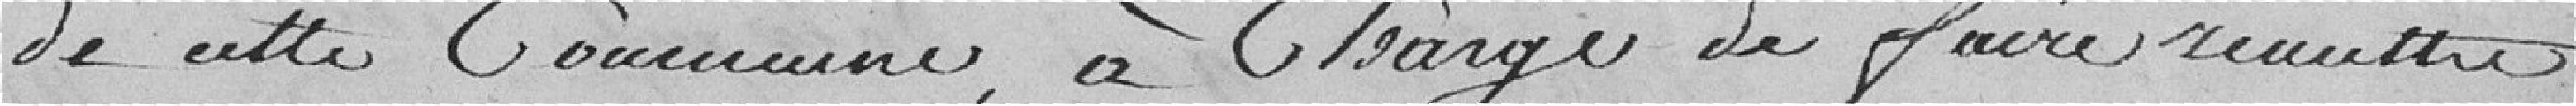
de cette Commune à charge de faire remettre